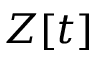
Z [ t ]